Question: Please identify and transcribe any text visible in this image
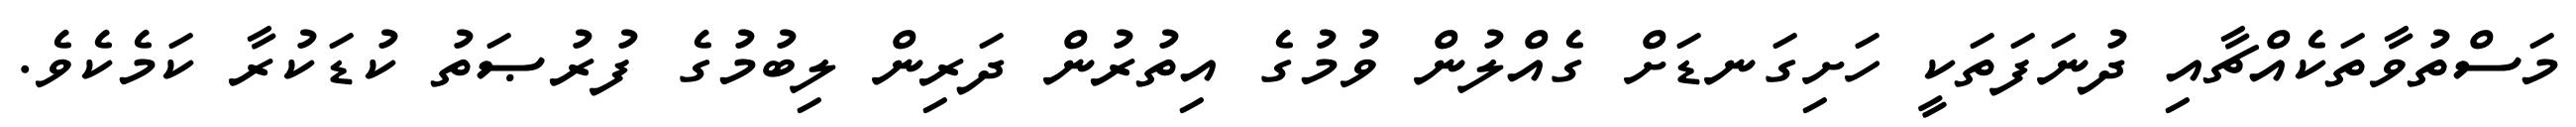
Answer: މަސްތުވާތަކެއްޗާއި ދުނަފަތަކީ ހަށިގަނޑަށް ގެއްލުން ވުމުގެ އިތުރުން ދަރިން ލިބުމުގެ ފުރުޞަތު ކުޑަކުރާ ކަމެކެވެ.